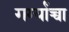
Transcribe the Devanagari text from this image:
गर्ग्यांच्चा